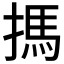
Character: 𢲫